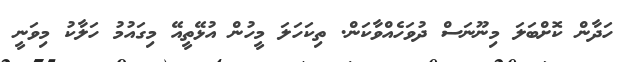
ހަދާން ކޮށްބަލަ މިނޫނަސް ދުވަހެއްވާކަން. ތިކަހަލަ މީހުން އުޅޭތީއޭ މިގައުމު ހަލާކު މިވަނީ